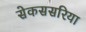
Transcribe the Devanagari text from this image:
सेकससरिया